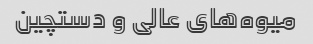
میوه‌های عالی و دستچین